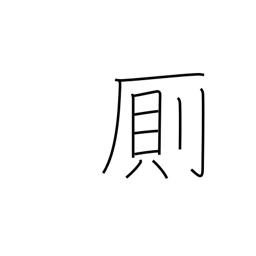
Meaning: privy